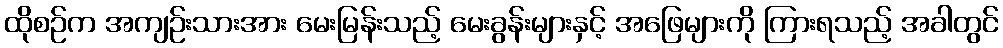
ထိုစဉ်က အကျဉ်းသားအား မေးမြန်းသည့် မေးခွန်းများနှင့် အဖြေများကို ကြားရသည့် အခါတွင်